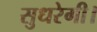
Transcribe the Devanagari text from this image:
सुधरेगी।